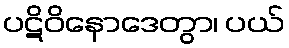
ပဋိဝိနောဒေတွာ၊ ပယ်